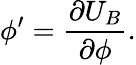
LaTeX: \phi^{\prime}=\frac{\partial U_{B}}{\partial\phi}.